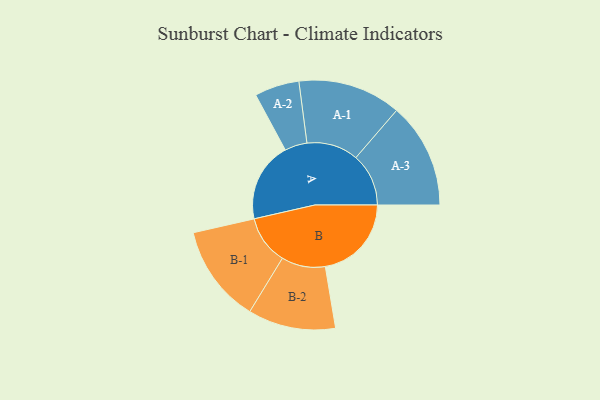
{"axis": {"x": "Segment", "y": "Value"}, "legend": ["", "A", "B"], "data": [{"x": "A", "y": 360, "type": ""}, {"x": "B", "y": 389, "type": ""}, {"x": "A-1", "y": 233, "type": "A"}, {"x": "A-2", "y": 101, "type": "A"}, {"x": "A-3", "y": 238, "type": "A"}, {"x": "B-1", "y": 221, "type": "B"}, {"x": "B-2", "y": 198, "type": "B"}]}